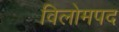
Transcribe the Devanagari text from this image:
विलोमपद